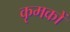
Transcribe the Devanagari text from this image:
कृमकों